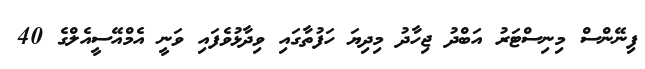
ފިނޭންސް މިނިސްޓަރު އަބްދު ޖިހާދު މިދިޔަ ހަފުތާގައި ވިދާޅުވެފައި ވަނީ އެމްއޭސީއެލްގެ 40